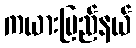
ကယားပြည်နယ်